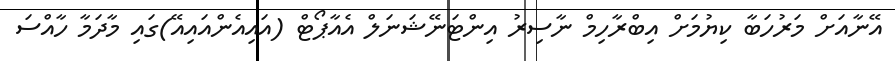
އޭނާއަށް މަރުހަބާ ކިޔުމަށް އިބްރާހިމް ނާސިރު އިންޓަނޭޝަނަލް އެއާޕޯޓް (އައިއެންއައިއޭ)ގައި މާދަމާ ހާއްސަ